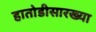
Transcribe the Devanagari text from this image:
हातोडीसारख्या